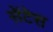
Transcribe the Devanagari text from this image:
सेंटेस